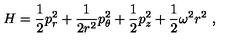
H = \frac { 1 } { 2 } p _ { r } ^ { 2 } + \frac { 1 } { 2 r ^ { 2 } } p _ { \theta } ^ { 2 } + \frac { 1 } { 2 } p _ { z } ^ { 2 } + \frac { 1 } { 2 } \omega ^ { 2 } r ^ { 2 } \ ,